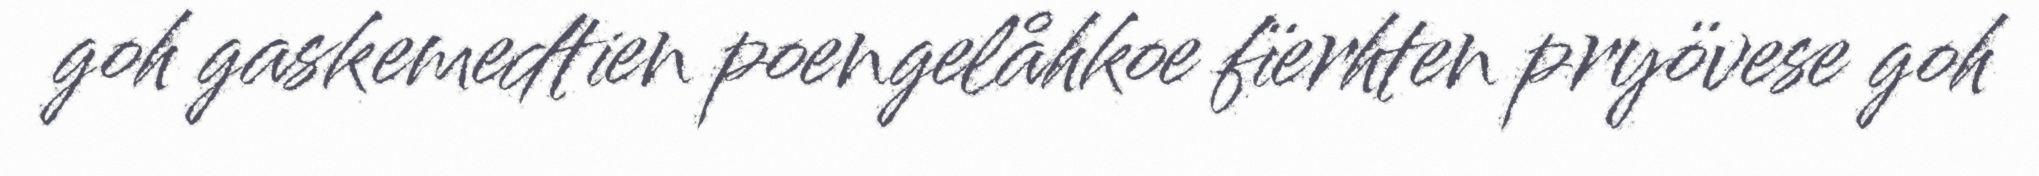
goh gaskemedtien poengelåhkoe fïerhten pryövese goh